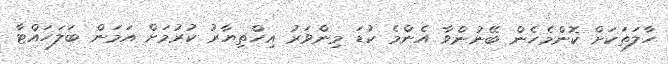
ހާލަތަކަށް ކޮންމެހެން ބޭނުންވާ އެންމެ ކުޑަ މިންވަރު އިހްތިޔާރު ކުުރުމަށް އަމަން ބަލަހައްޓާ